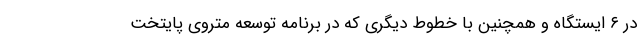
در ۶ ایستگاه و همچنین با خطوط دیگری که در برنامه توسعه متروی پایتخت